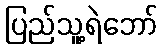
ပြည်သူ့ရဲဘော်